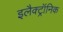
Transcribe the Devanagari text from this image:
इलैक्‍ट्रॉनिक